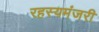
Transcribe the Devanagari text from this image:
रहस्यमंजरी